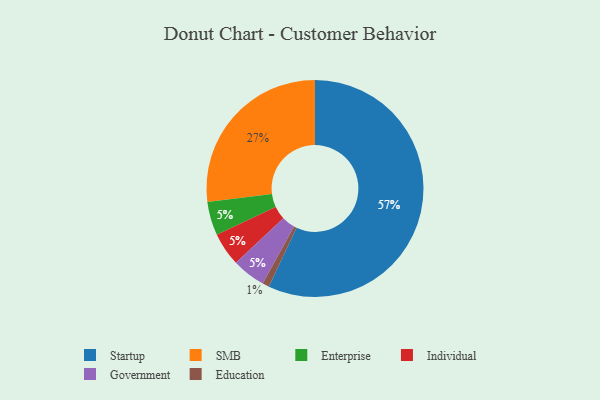
{"axis": {"x": "Category", "y": "Percentage"}, "legend": ["Education", "Enterprise", "Government", "Individual", "SMB", "Startup"], "data": [{"x": "Enterprise", "y": 5, "type": "Enterprise"}, {"x": "Education", "y": 1, "type": "Education"}, {"x": "Individual", "y": 5, "type": "Individual"}, {"x": "SMB", "y": 27, "type": "SMB"}, {"x": "Startup", "y": 57, "type": "Startup"}, {"x": "Government", "y": 5, "type": "Government"}]}